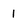
Character: 1